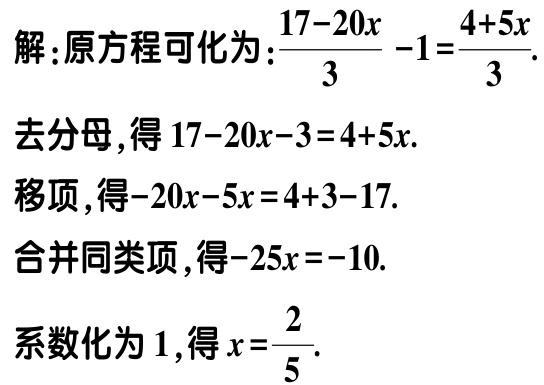
解：原方程可化为：\(\frac{17 - 20x}{3}-1 = \frac{4 + 5x}{3}\).
去分母，得\(17 - 20x - 3 = 4 + 5x\).
移项，得\(-20x - 5x = 4 + 3 - 17\).
合并同类项，得\(-25x = -10\).
系数化为\(1\)，得\(x = \frac{2}{5}\).